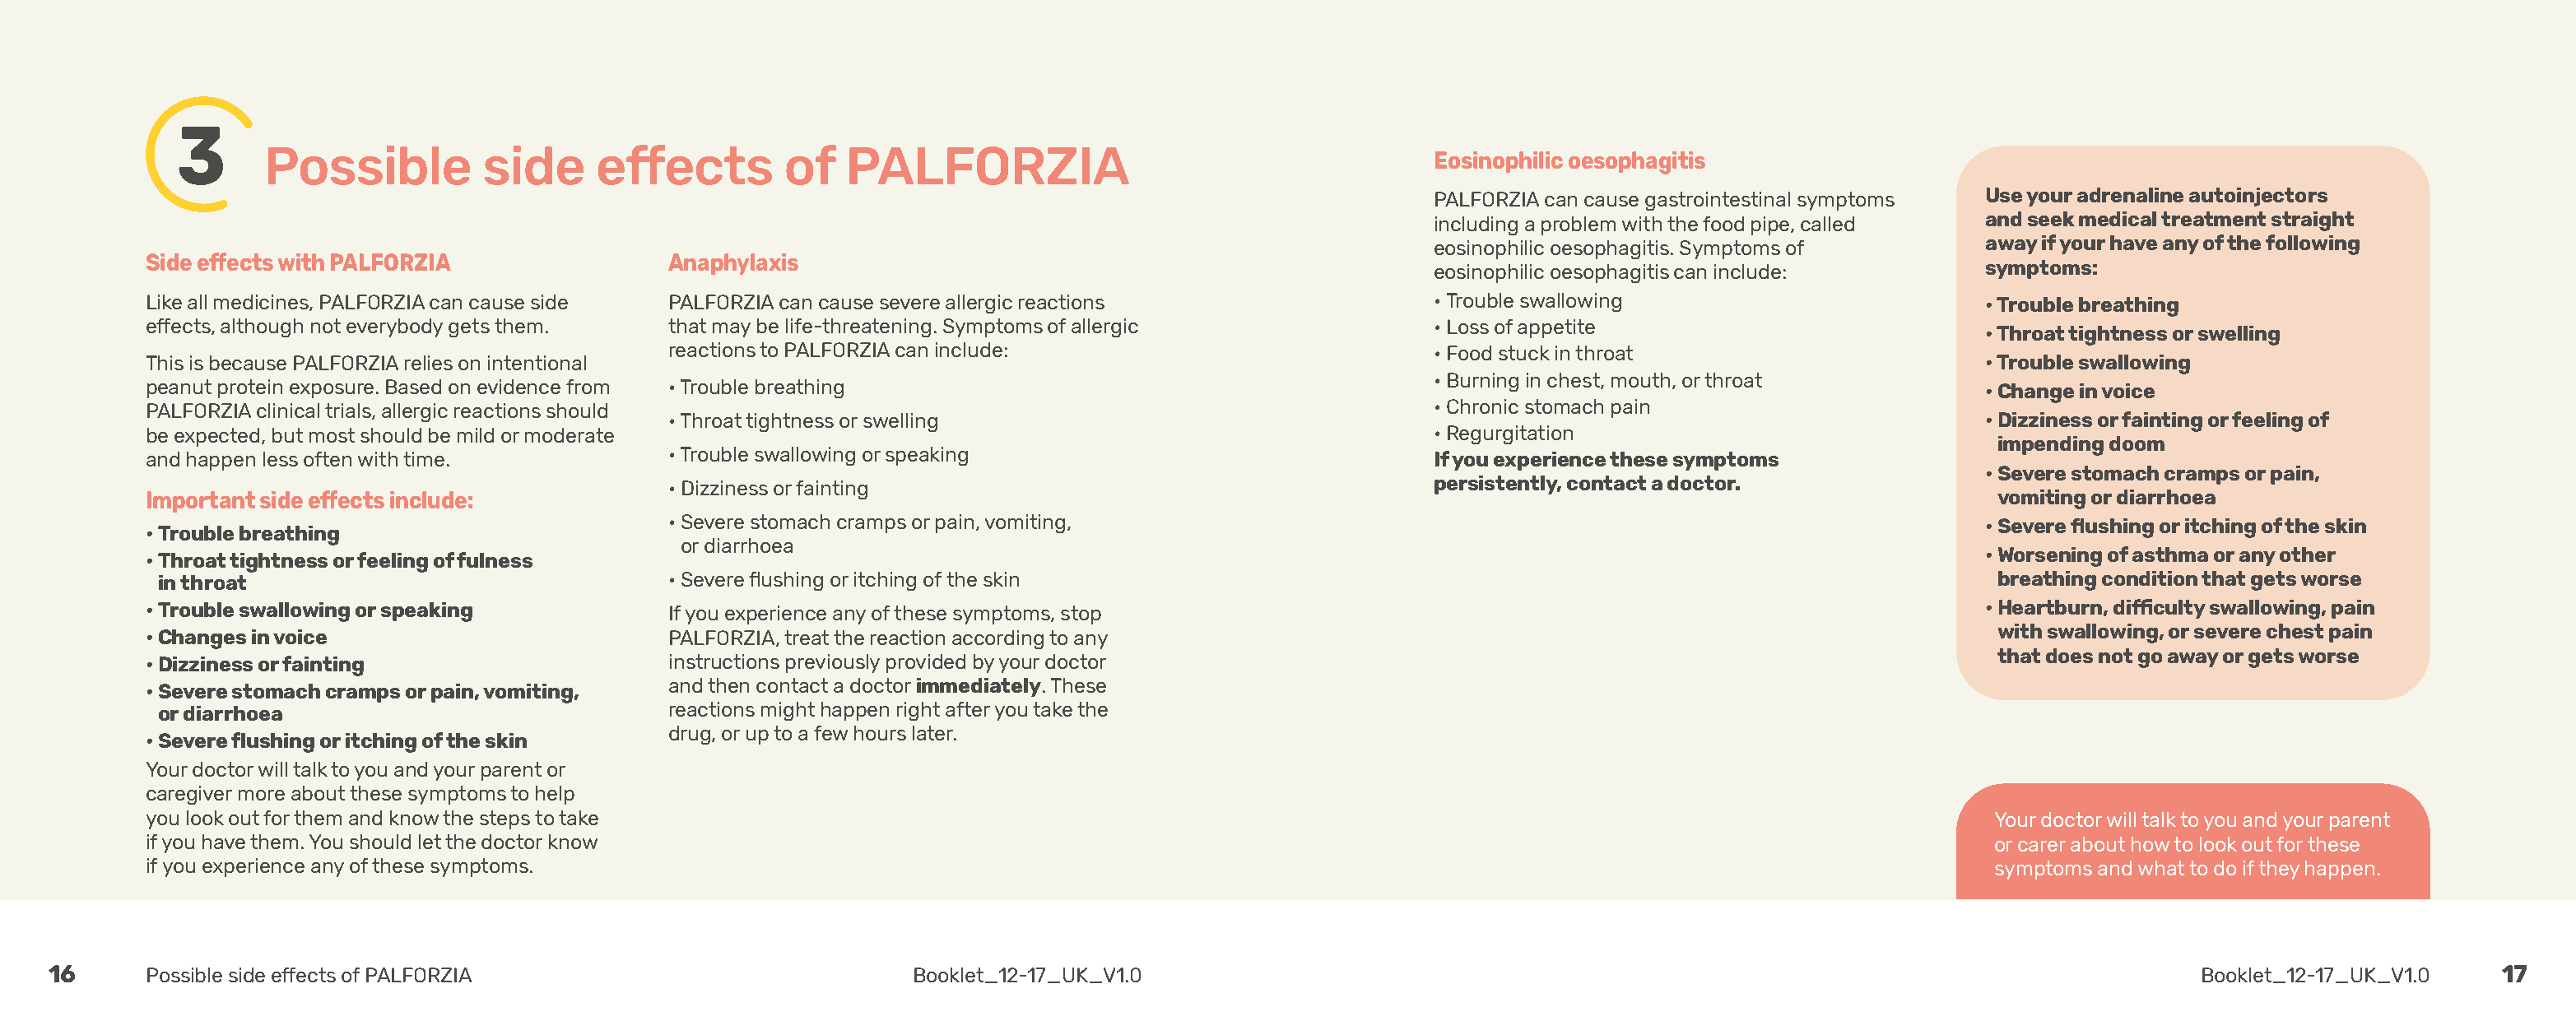
3
 Possible          side     effects        of   PALFORZIA
 Eosinophilic oesophagitis
 PALFORZIA can cause gastrointestinal symptoms Use your adrenaline autoinjectors
 including a problem with the food pipe, called and seek medical treatment straight
 eosinophilic oesophagitis. Symptoms of       away if your have any of the following
 Side effects with PALFORZIA               Anaphylaxis
 eosinophilic oesophagitis can include:       symptoms:
 Like all medicines, PALFORZIA can cause side PALFORZIA can cause severe allergic reactions             • Trouble swallowing                         • Trouble breathing
 effects, although not everybody gets them. that may be life-threatening. Symptoms of allergic          • L oss of appetite
 • Throat tightness or swelling
 reactions to PALFORZIA can include:                          • F ood stuck in throat
 This is because PALFORZIA relies on intentional                                                                                                     • Trouble swallowing
 • B urning in chest, mouth, or throat
 peanut protein exposure. Based on evidence from • Trouble breathing                                                                                 • C hange in voice
 PALFORZIA clinical trials, allergic reactions should                                                   • C hronic stomach pain
 • Throat tightness or swelling                                                                            • D izziness or fainting or feeling of
 be expected, but most should be mild or moderate                                                       • Regurgitation
 impending doom
 and happen less often with time.          • Trouble swallowing or speaking                             If you experience these symptoms
 • S evere stomach cramps or pain,
 • Dizziness or fainting                                      persistently, contact a doctor.
 Important side effects include:                                                                                                                      vomiting or diarrhoea
 • S evere stomach cramps or pain, vomiting,                                                               • S evere flushing or itching of the skin
 • Trouble breathing
 or diarrhoea
 • Worsening of asthma or any other
 • Throat tightness or feeling of fulness
 in throat                                • Severe flushing or itching of the skin                                                                   breathing condition that gets worse
 • Trouble swallowing or speaking          If you experience any of these symptoms, stop                                                             • H eartburn, difficulty swallowing, pain
 with swallowing, or severe chest pain
 • Changes in voice                        PALFORZIA, treat the reaction according to any
 that does not go away or gets worse
 • Dizziness or fainting                   instructions previously provided by your doctor
 and then contact a doctor immediately. These
 • Severe stomach cramps or pain, vomiting,
 or diarrhoea                             reactions might happen right after you take the
 drug, or up to a few hours later.
 • Severe flushing or itching of the skin
 Your doctor will talk to you and your parent or
 caregiver more about these symptoms to help
 you look out for them and know the steps to take                                                                                                    Your doctor will talk to you and your parent
 if you have them. You should let the doctor know                                                                                                    or carer about how to look out for these
 if you experience any of these symptoms.                                                                                                            symptoms and what to do if they happen.
 16      Possible side effects of PALFORZIA                           Booklet_12-17_UK_V1.0                                                                                   Booklet_12-17_UK_V1.0   17